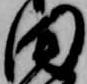
田